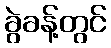
ခွဲခန့်တွင်